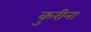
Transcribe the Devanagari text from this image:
कुरीना